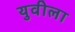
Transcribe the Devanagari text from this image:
युवीला